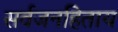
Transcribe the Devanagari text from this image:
सर्वजनहिताय